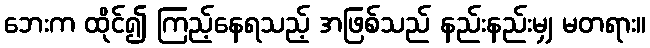
ဘေးက ထိုင်၍ ကြည့်နေရသည့် အဖြစ်သည် နည်းနည်းမျှ မတရား။